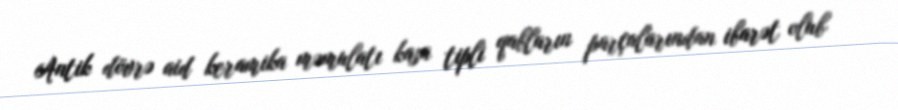
Antik dövrə aid keramika məmulatı kasa tipli qabların parçalarından ibarət olub